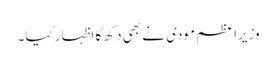
وزیراعظم مودی نے بھی دکھ کا اظہار کیا۔